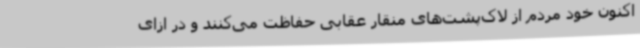
اکنون خود مردم از لاک‌پشت‌های منقار عقابی حفاظت می‌کنند و در ازای